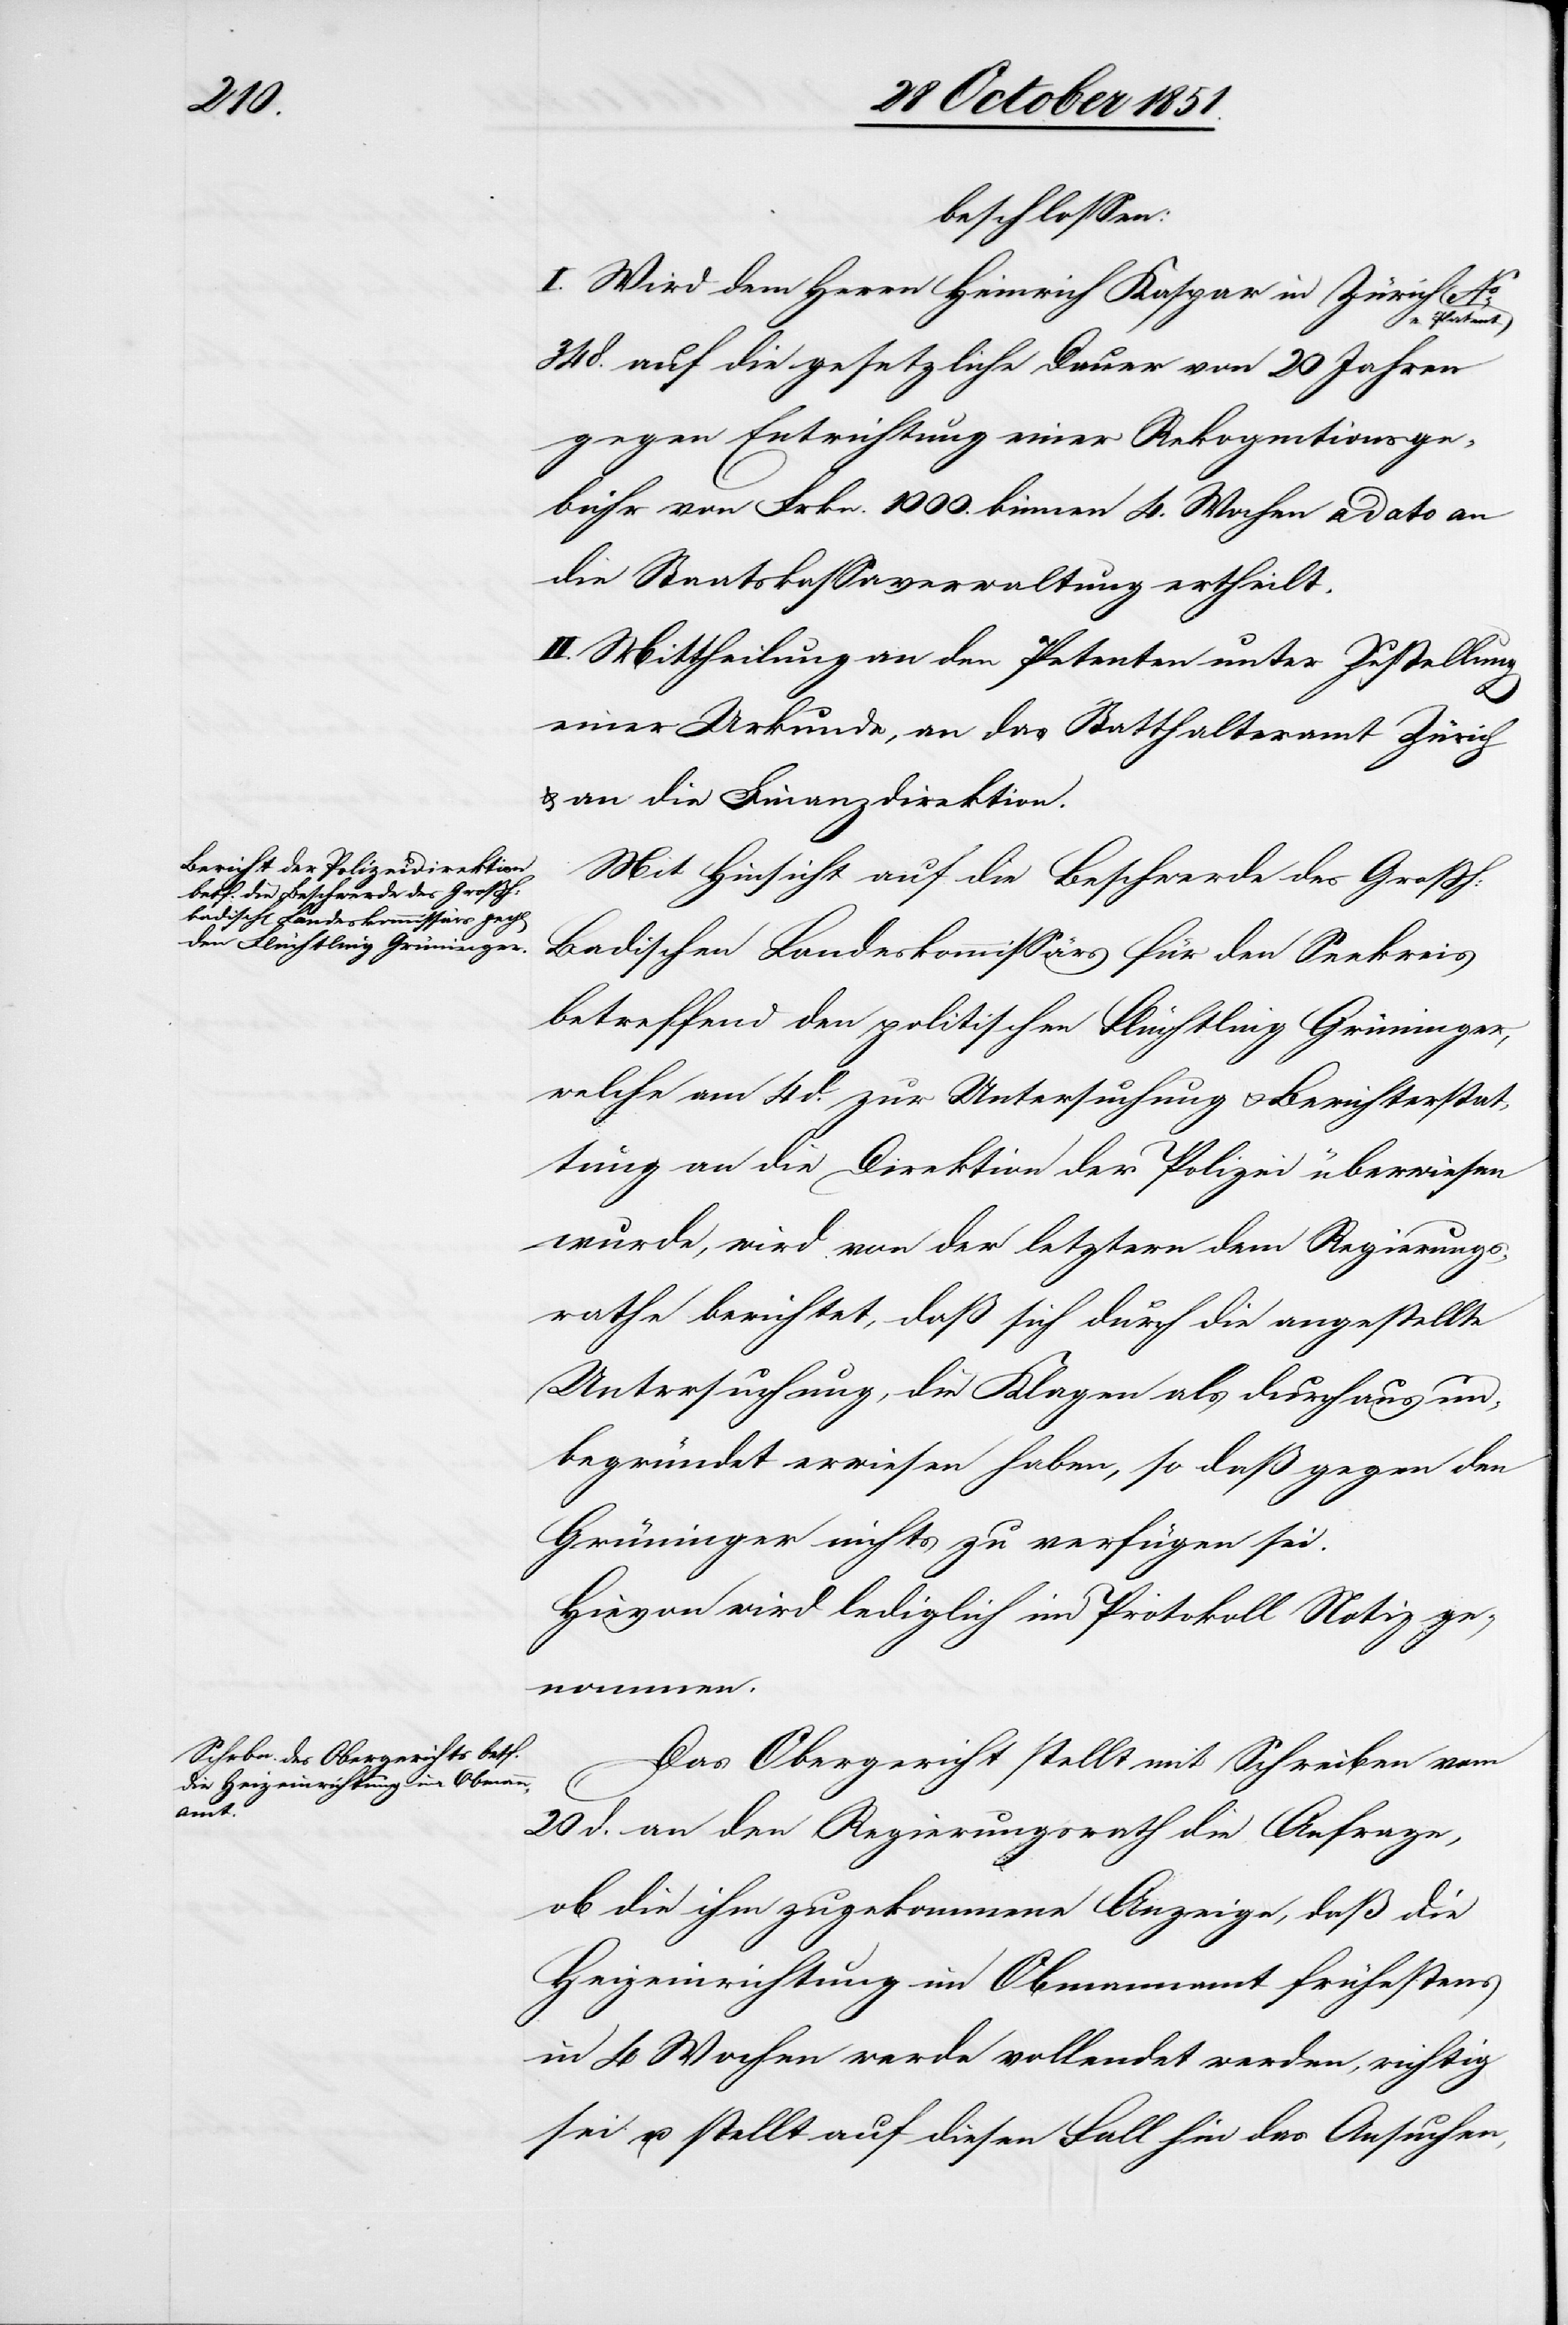
beschlossen:
I. Wird dem Herrn Heinrich Kaspar in Zürich
e. Patent
348. auf die gesetzliche Dauer von 20 Jahren
gegen Entrichtung einer Rekognitionsge¬
bühr von Frkn. 1000. binnen 4. Wochen a dato an
die Staatskassaverwaltung ertheilt.
II. Mittheilung an den Petenten unter Zustellung
einer Urkunde, an das Statthalteramt Zürich
& an die Finanzdirektion.
Mit Hinsicht auf die Beschwerde des Großh:
Badischen Landeskommissärs für den Seekreis
betreffend den politischen Flüchtling Grüninger,
welche am 4 d. zur Untersuchung & Berichterstat¬
tung an die Direktion der Polizei überwiesen
wurde, wird von der letztern dem Regierungs¬
rathe berichtet, daß sich durch die angestellte
Untersuchung, die Klagen als durchaus un¬
begründet erwiesen haben, so daß gegen den
Grüninger nichts zu verfügen sei.
Hievon wird lediglich im Protokoll Notiz ge¬
nommen.
Das Obergericht stellt mit Schreiben vom
20 d. an den Regierungsrath die Anfrage,
ob die ihm zugekommene Anzeige, daß die
Heizeinrichtung im Obmannamt frühestens
in 4 Wochen werde vollendet werden, richtig
sei u. stellt auf diesen Fall hin das Ansuchen,